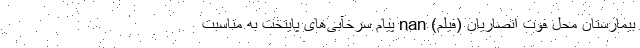
بيمارستان محل فوت انصاریان (فیلم) nan پیام سرخآبی‌های پایتخت به مناسبت